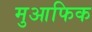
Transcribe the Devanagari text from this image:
मुआफिक